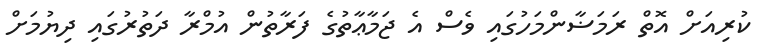
ކުރިއަށް އޮތް ރަމަޟާންމަހުގައި ވެސް އެ ޖަމާޢާތުގެ ފަރާތުން އުމްރާ ދަތުރުގައި ދިޔުމަށް